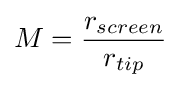
M={\frac {r_{screen}}{r_{tip}}}